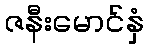
ဇနီးမောင်နှံ